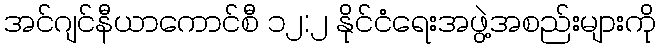
အင်ဂျင်နီယာကောင်စီ ၁၂:၂ နိုင်ငံရေးအဖွဲ့အစည်းများကို